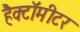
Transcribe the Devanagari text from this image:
हैक्टॉमीटर